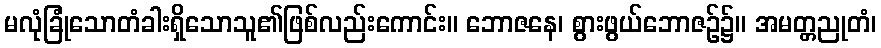
မလုံခြုံသောတံခါးရှိသောသူ၏ဖြစ်လည်းကောင်း။ ဘောဇနေ၊ စွားဖွယ်ဘောဇဉ်၌။ အမတ္တညုတံ၊